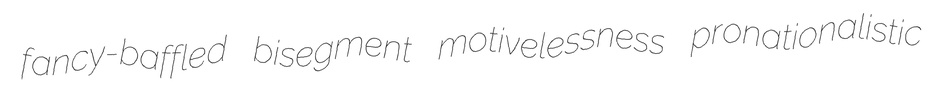
fancy-baffled bisegment motivelessness pronationalistic